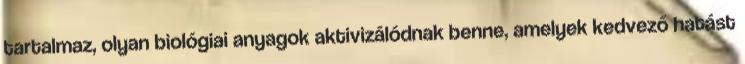
tartalmaz, olyan biológiai anyagok aktivizálódnak benne, amelyek kedvező hatást